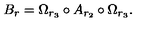
B _ { r } = \Omega _ { r _ { 3 } } \circ A _ { r _ { 2 } } \circ \Omega _ { r _ { 3 } } .